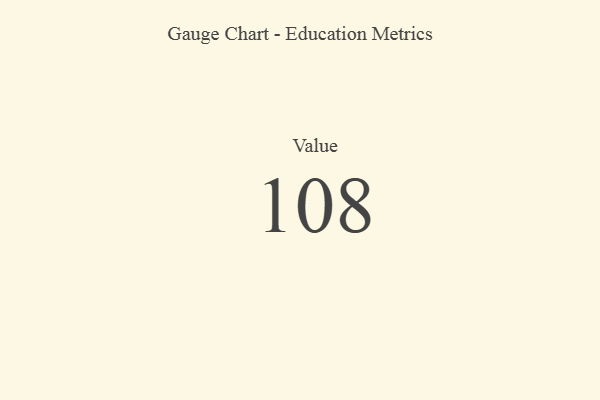
{"axis": {"x": "Metric", "y": "Value"}, "legend": [""], "data": [{"x": "Value", "y": 108, "type": ""}]}